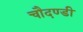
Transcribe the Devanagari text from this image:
चौदण्डी